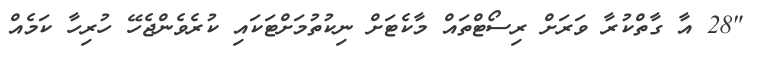
"28 އާ ގާތްކުރާ ވަރަށް ރިސޯޓްތައް މާކެޓަށް ނިކުތުމަށްޓަކައި ކުރެވެންޖެހޭ ހުރިހާ ކަމެއް